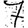
Digit: 7